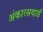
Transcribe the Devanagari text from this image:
अंकारसवार्ड